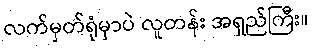
လက်မှတ်ရုံမှာပဲ လူတန်း အရှည်ကြီး။